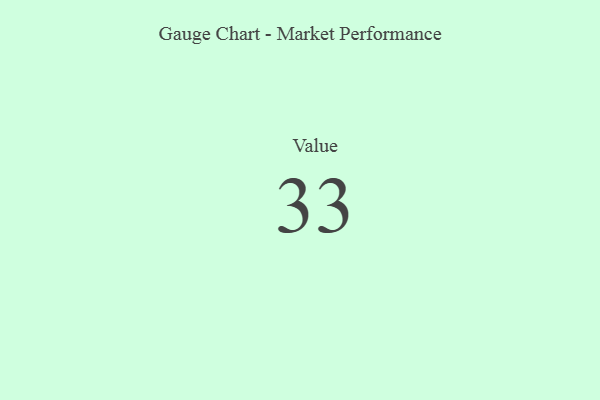
{"axis": {"x": "Metric", "y": "Value"}, "legend": [""], "data": [{"x": "Value", "y": 33, "type": ""}]}